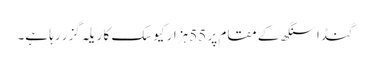
گنڈا سنگھ کے مقام پر 55 ہزار کیوسک کا ریلہ گزر رہا ہے۔